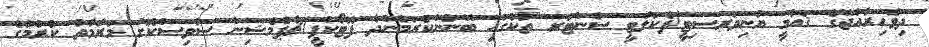
ދިވެހިރާއްޖޭގެ ޤައުމީ ޔުނިވަރސިޓީ/ފެކަލްޓީ ސެންޓަރ ތަކުގައި ބޭނުންކުރަމުންދާ ފޮޓޯކްޕީ/ޗާޕްމެޝިން ސާވިސްކޮށް މަރާމާތު ކުރުމުގެ